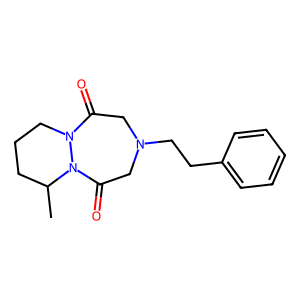
SMILES: CC1CCCN2C(=O)CN(CCc3ccccc3)CC(=O)N12
Inhibits HIV replication: No